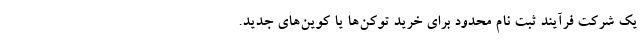
یک شرکت فرآیند ثبت نام محدود برای خرید توکن‌ها یا کوین‌های جدید.